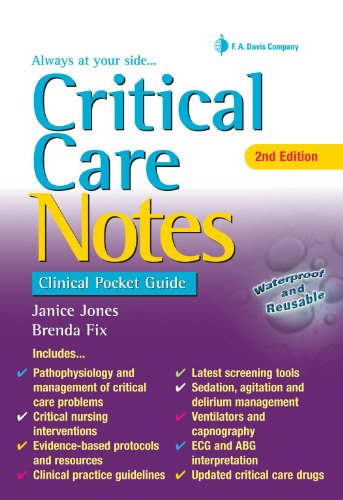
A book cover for Critical Care Notes: Clinical Pocket Guide; Janice Jones PhD  RN  CNS; Medical Books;